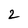
Character: 2